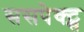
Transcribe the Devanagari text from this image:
ससपेक्ट्स